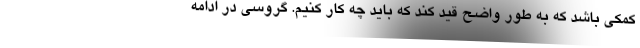
کمکی باشد که به طور واضح قید کند که باید چه کار کنیم. گروسی در ادامه